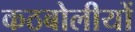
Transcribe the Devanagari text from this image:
कठबोलीयों